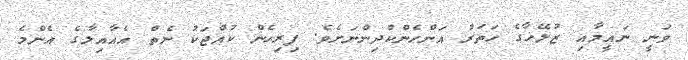
ވަނީ ނައީމާއި ޒުލޭޚާގެ ހަތަރު އަންހެންކުދިންނަށެވެ. ފިރިހެން ކުއްޖަކު ނެތް އެއާއިލާގެ އެންމެ